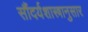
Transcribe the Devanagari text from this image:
सौंदर्यशास्त्रानुसार